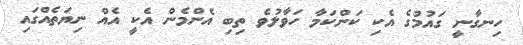
ހިނގާނީ ގައުމުގެ އެކި ކަންކަމާ ހަވާލުވެ ތިބި އެންމެން އެކީ އެއް ނިޔަތެއްގައި